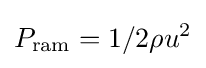
P_{\text{ram}}=1/2\rho u^{2}